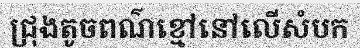
ជ្រុងតូចពណ៌ខ្មៅនៅលើសំបក